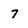
Character: 7